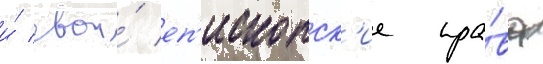
и́ свои́ еп'ископск'ие пра́ва